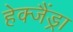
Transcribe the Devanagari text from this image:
हेक्जैंड्रा